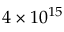
4 \times 1 0 ^ { 1 5 }